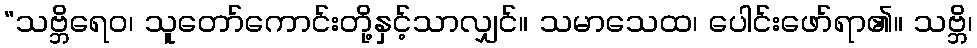
“သဗ္ဘိရေဝ၊ သူတော်ကောင်းတို့နှင့်သာလျှင်။ သမာသေထ၊ ပေါင်းဖော်ရာ၏။ သဗ္ဘိ၊